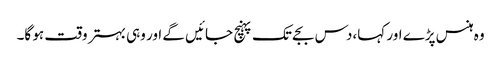
وہ ہنس پڑے اور کہا،دس بجے تک پہنچ جائیں گے اور وہی بہتر وقت ہو گا۔